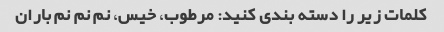
کلمات زیر را دسته بندی کنید: مرطوب، خیس، نم نم نم باران